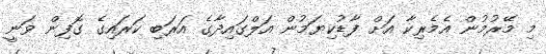
މި މޭރުމުން އެމެރިކާ އަށް ފާޑުކިޔަމުން އަލްގައިދާގެ އަރަބި ކަރައިގެ ގޮފިން ވަނީ